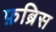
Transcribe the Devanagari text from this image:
फ़ब्रिस